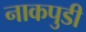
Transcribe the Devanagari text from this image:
नाकपुडी